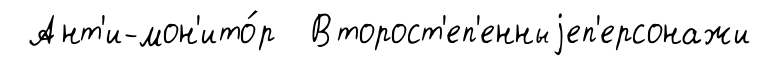
Ант'и-мон'ито́р Второст'еп'енныjеп'ерсонажи